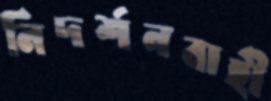
নিদর্শনবাহী